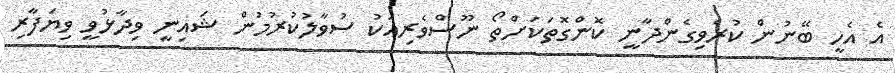
އެ އެހީ ބޭނުން ކުރެވިގެންދާނީ ކޮންގޮތަކަށްތޯ ނޫސްވެރިއަކު ސުވާލުކުރުމުން ޝައިނީ ވިދާޅުވީ ވިޔަފާރި